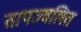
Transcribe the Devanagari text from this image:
तापज्वलित